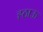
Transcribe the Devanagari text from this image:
ह्ठाऊ